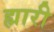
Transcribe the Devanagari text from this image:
ह्मारी